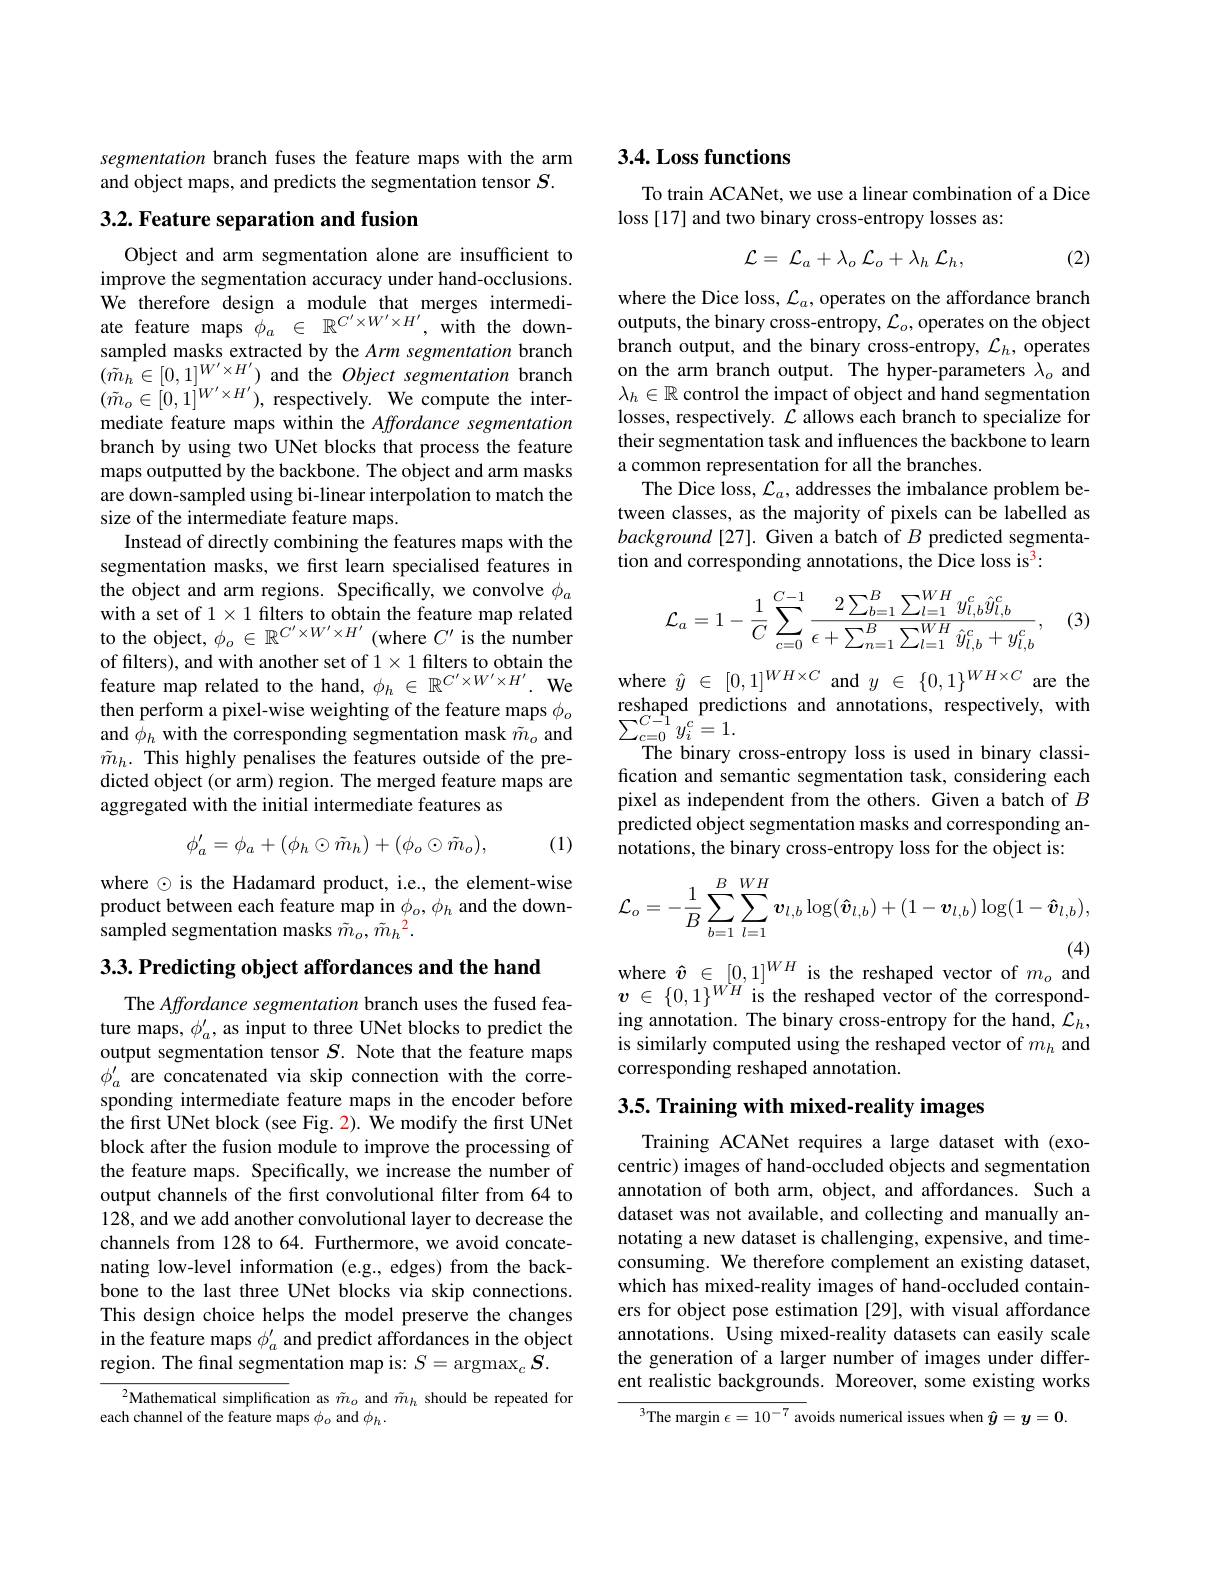
segmentation branch fuses the feature maps with the arm and object maps, and predicts the segmentation tensor $S.$

### 3.2. Feature separation and fusion

Object and arm segmentation alone are insufficient to improve the segmentation accuracy under hand-occlusions. We therefore design a module that merges intermediate feature maps $\phi_a\in\mathbb{R}^{C^{\prime}\times W^{\prime}\times H^{\prime}}$, with the downsampled masks extracted by the Arm segmentation branch $(\tilde{m}_{h}\in[0,1]^{W^{\prime}\times H^{\prime}})$ and the Object segmentation branch $(\tilde{m}_{o}\in[0,1]^{W^{\prime}\times H^{\prime}})$, respectively. We compute the intermediate feature maps within the Affordance segmentation branch by using two UNet blocks that process the feature maps outputted by the backbone. The object and arm masks are down-sampled using bi-linear interpolation to match the size of the intermediate feature maps.
Instead of directly combining the features maps with the segmentation masks, we first learn specialised features in the object and arm regions. Specifically, we convolve $\phi_a$ with a set of 1 $\times1$ filters to obtain the feature map related to the object, $\phi_o\in\mathbb{R}^{C^{\prime}\times W^{\prime}\times H^{\prime}}$ (where $C^\prime$ is the number of filters), and with another set of $1\times1$ filters to obtain the feature map related to the hand, $\phi_h\in\mathbb{R}^{C^{\prime}\times W^{\prime}\times H^{\prime}}.$ We then perform a pixel-wise weighting of the feature maps $\phi_o$ and $\phi_h$ with the corresponding segmentation mask $\tilde{m}_o$ and $\tilde{m}_h.$ This highly penalises the features outside of the predicted object (or arm) region. The merged feature maps are aggregated with the initial intermediate features as
$$\phi_a^{\prime}=\phi_a+(\phi_h\odot\tilde{m}_h)+(\phi_o\odot\tilde{m}_o),$$
(1)

where $\odot$ is the Hadamard product, i.e., the element-wise product between each feature map in $\phi_o,\phi_h$ and the downsampled segmentation masks $\tilde{m}_{o},\tilde{m}_{h}^{2}.$

$3. 3. \textbf{Predicting object affordances and the hand}$

The Affordance segmentation branch uses the fused feature maps, $\phi_a^{\prime}$, as input to three UNet blocks to predict the output segmentation tensor $S.$ Note that the feature maps $\phi_a^{\prime}$ are concatenated via skip connection with the corresponding intermediate feature maps in the encoder before the first UNet block (see Fig. 2). We modify the first UNet block after the fusion module to improve the processing of the feature maps. Specifically, we increase the number of output channels of the first convolutional filter from 64 to 128, and we add another convolutional layer to decrease the channels from 128 to 64. Furthermore, we avoid concatenating low-level information (e.g., edges) from the backbone to the last three UNet blocks via skip connections. This design choice helps the model preserve the changes in the feature maps $\phi_a^{\prime}$ and predict affordances in the object region. The final segmentation map is: $S=\operatorname{argmax}_c\boldsymbol{S}.$

$^{2}$Mathematical simplification as $\tilde{m}_o$ and $\tilde{m}_h$ should be repeated for
each channel of the feature maps $\phi_o$ and $\phi_h.$

### 3.4. Loss functions

To train ACANet, we use a linear combination of a Dice
loss [17] and two binary cross-entropy losses as:

(2)
$$\mathcal{L}=\:\mathcal{L}_{a}+\lambda_{o}\:\mathcal{L}_{o}+\lambda_{h}\:\mathcal{L}_{h},$$
where the Dice loss, $\mathcal{L}_a$, operates on the affordance branch outputs, the binary cross-entropy, $\mathcal{L}_o$, operates on the object branch output, and the binary cross-entropy, $\mathcal{L}_h$, operates on the arm branch output. The hyper-parameters $\hat{\lambda}_o$ and $\lambda_h\in\mathbb{R}$ control the impact of object and hand segmentation losses, respectively. $\hat{\mathcal{L}}$ allows each branch to specialize for their segmentation task and influences the backbone to learn a common representation for all the branches.
The Dice loss, $\mathcal{L}_a$, addresses the imbalance problem between classes, as the majority of pixels can be labelled as $background[27].$ Given a batch of $B$ predicted segmentation and corresponding annotations, the Dice loss is$^{3}:$
$$\mathcal{L}_{a}=1-\frac{1}{C}\sum_{c=0}^{C-1}\frac{2\sum_{b=1}^{B}\sum_{l=1}^{WH}y_{l,b}^{c}\hat{y}_{l,b}^{c}}{\epsilon+\sum_{n=1}^{B}\sum_{l=1}^{WH}\hat{y}_{l,b}^{c}+y_{l,b}^{c}},$$
(3)

where $\hat{y}\in[0,1]^{WH\times C}$ and $y\in\{0,1\}^{WH\times C}$ are the reshaped predictions and annotations, respectively, with $\sum_{c=0}^{C{\tilde{-}}1}y_{i}^{c}=1.$
The binary cross-entropy loss is used in binary classification and semantic segmentation task, considering each pixel as independent from the others. Given a batch of $B$ predicted object segmentation masks and corresponding annotations, the binary cross-entropy loss for the object is:
$$\mathcal{L}_{o}=-\frac{1}{B}\sum_{b=1}^{B}\sum_{l=1}^{WH}\boldsymbol{v}_{l,b}\log(\boldsymbol{\hat{v}}_{l,b})+(1-\boldsymbol{v}_{l,b})\log(1-\boldsymbol{\hat{v}}_{l,b}),$$
where $\hat{v}\in[0,1]^{WH}$ is the reshaped vector of $m_o$ and

$\boldsymbol{v}$ $\in$ $\{ 0, 1\} ^{WH^{\prime }}$is the reshaped vector of the corresponding annotation. The binary cross-entropy for the hand, $\mathcal{L}_h$, is similarly computed using the reshaped vector of $m_h$ and corresponding reshaped annotation.

3.5. Training with mixed-reality images

Training ACANet requires a large dataset with (exocentric) images of hand-occluded objects and segmentation annotation of both arm, object, and affordances. Such a dataset was not available, and collecting and manually annotating a new dataset is challenging, expensive, and timeconsuming. We therefore complement an existing dataset, which has mixed-reality images of hand-occluded containers for object pose estimation [29], with visual affordance annotations. Using mixed-reality datasets can easily scale the generation of a larger number of images under different realistic backgrounds. Moreover, some existing works

$^{3}$The margin $\epsilon=10^{-7}$ avoids numerical issues when $\hat{y}=y=0.$